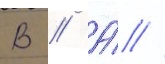
В // А́ //